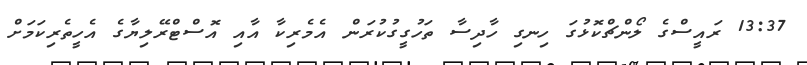
13:37 ރައީސްގެ ލޯންޗްކޮޅުގަ ހިނގި ހާދިސާ ތަހުގީގުކުރަން އެމެރިކާ އާއި އޮސްޓްރޭލިޔާގެ އެހީތެރިކަމަށް